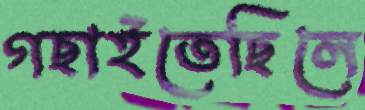
গছাইতেছিলে